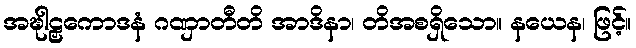
အဍ္ဎါဠှကောဒနံ ဂဏှာတီတိ အာဒိနာ၊ တိအစရှိသော။ နယေန၊ ဖြင့်။